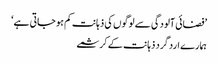
’فضائی آلودگی سے لوگوں کی ذہانت کم ہو جاتی ہے‘
ہمارے ارد گرد ذہانت کے کرشمے